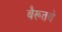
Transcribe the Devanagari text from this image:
बैरूतचे